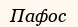
Пафос